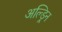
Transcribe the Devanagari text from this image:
अल्ड्रिन